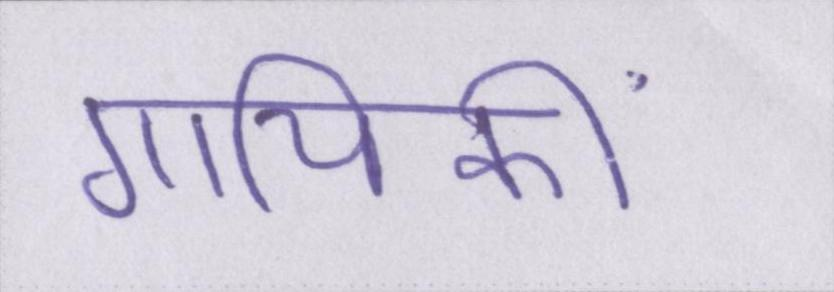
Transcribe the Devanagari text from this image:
गायिकी